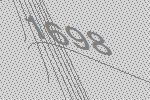
1698